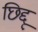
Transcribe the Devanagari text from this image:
छिद्दू